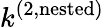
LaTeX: k^{(2,\mathrm{nested})}